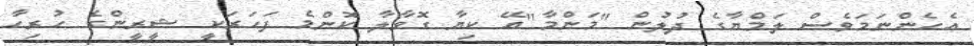
އެހެންނަމަވެސް ލަމްޔާގެ ދުލުން "މަންމާ"އޭ ކިޔާ ގޮވާލާ ކޮންމެ ފަހަރަކީ ޝީރީންގެ ހުރިހާ